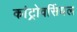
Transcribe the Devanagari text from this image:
कांट्रोवर्सियल